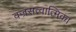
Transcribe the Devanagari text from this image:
वज्रसत्वात्मिका